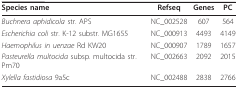
<table><thead><tr><td><b>Species name</b></td><td><b>Refseq</b></td><td><b>Genes</b></td><td><b>PC</b></td></tr></thead><tbody><tr><td><i>Buchnera aphidicola </i>str. APS</td><td>NC_002528</td><td>607</td><td>564</td></tr><tr><td><i>Escherichia coli </i>str. K-12 substr. MG1655</td><td>NC_000913</td><td>4493</td><td>4149</td></tr><tr><td><i>Haemophilus in uenzae </i>Rd KW20</td><td>NC_000907</td><td>1789</td><td>1657</td></tr><tr><td><i>Pasteurella multocida </i>subsp. multocida str. Pm70</td><td>NC_002663</td><td>2092</td><td>2015</td></tr><tr><td><i>Xylella fastidiosa </i>9a5c</td><td>NC_002488</td><td>2838</td><td>2766</td></tr></tbody></table>